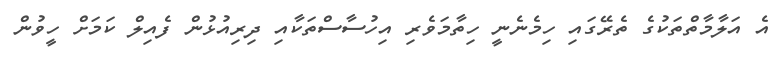
އެ އަލާމާތްތަކުގެ ތެރޭގައި ހިމެނެނީ ހިތާމަވެރި އިހުސާސްތަކާއި ދިރިއުޅުން ފެއިލް ކަމަށް ހީވުން